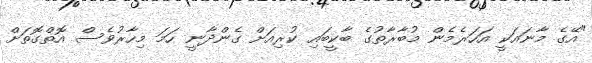
"އޭގެ މާނައަކީ އަހަރެމެން މުބާރާތުގެ ބާކީބައި ކުރިއަށް ގެންދާނީ ހަމަ މިހާރުވެސް އޮތްގޮތަށް